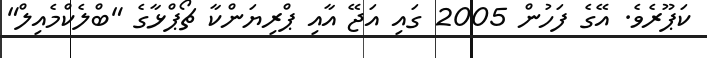
ކަޕޫރެވެ. އޭގެ ފަހުން 2005 ގައި އަޖޭ އާއި ޕްރިޔަންކާ ޗޯޕްޅާގެ "ބްލެކްމެއިލް"